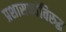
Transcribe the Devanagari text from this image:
प्रशासकांविरुद्ध